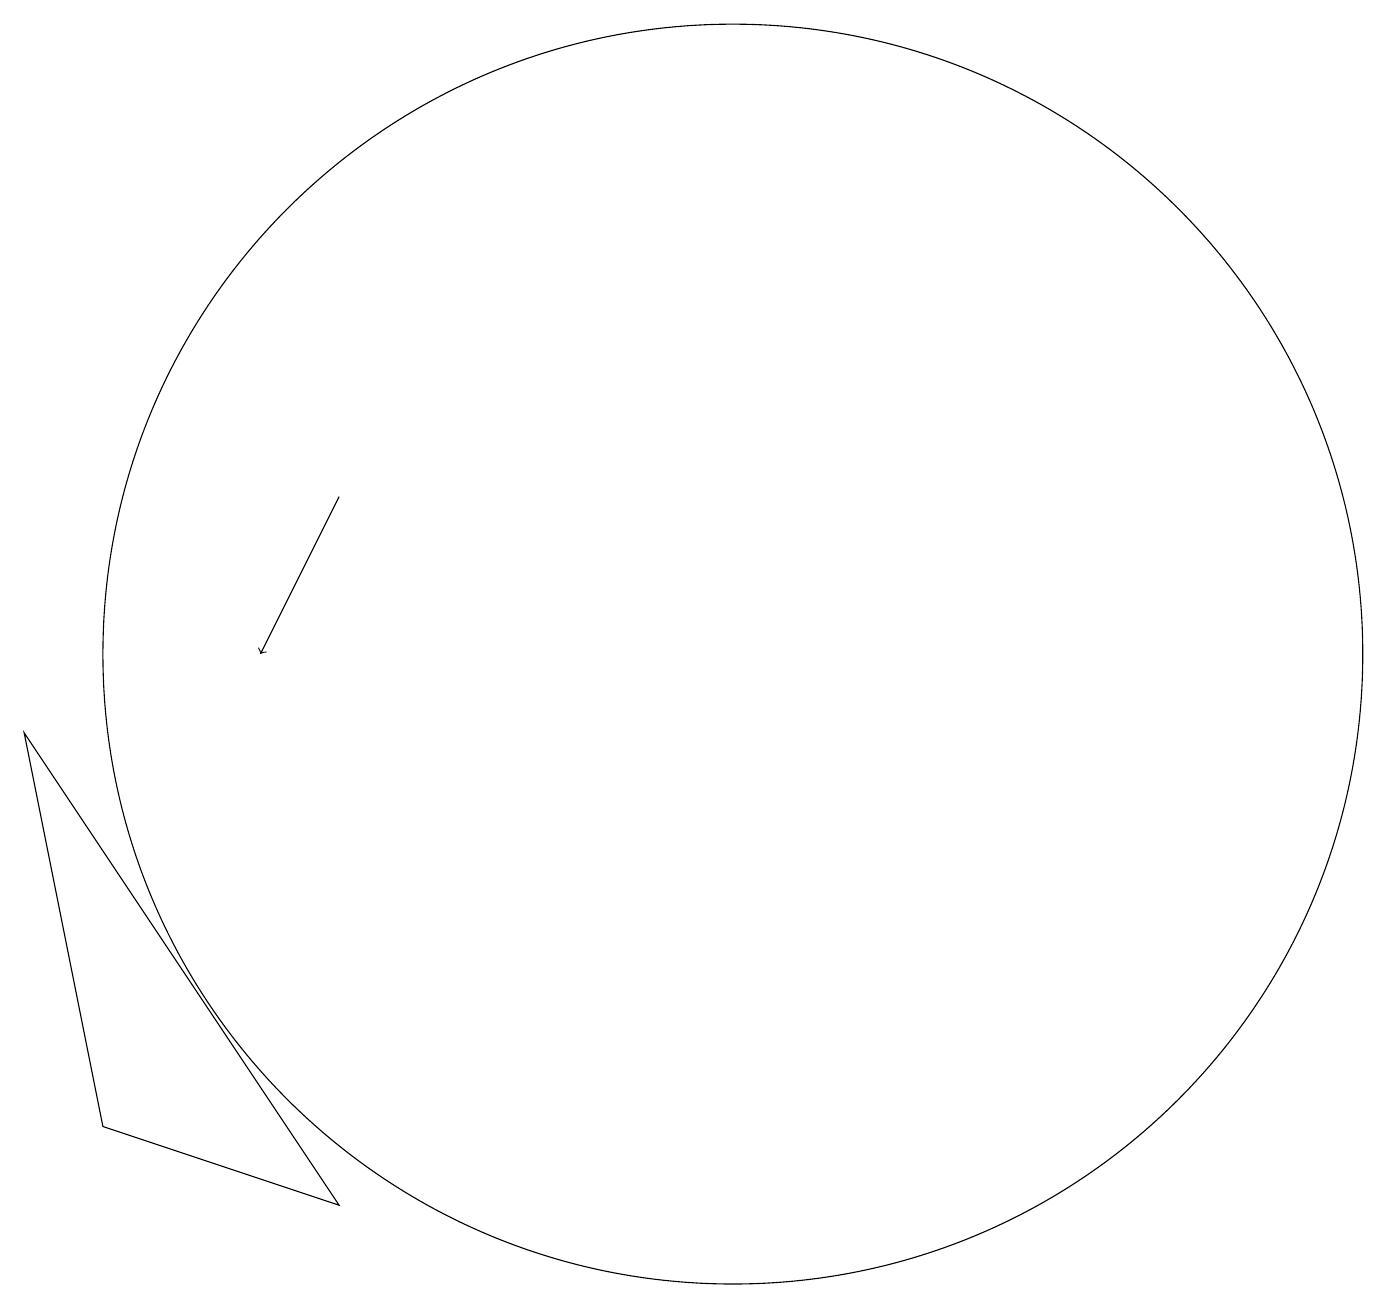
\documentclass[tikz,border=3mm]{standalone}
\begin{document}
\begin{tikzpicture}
\draw (3,9) -- (4,4) -- (7,3) -- cycle;
\draw[->] (7,12) -- (6,10);
\draw (12,10) circle (8);
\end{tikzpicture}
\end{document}